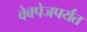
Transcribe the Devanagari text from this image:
वेबपेजपर्यंत